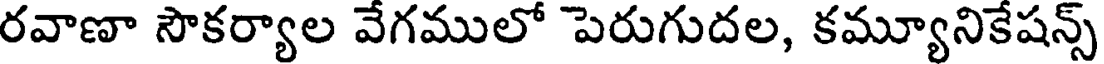
రవాణా సౌకర్యాల వేగములో పెరుగుదల, కమ్యూనికేషన్స్